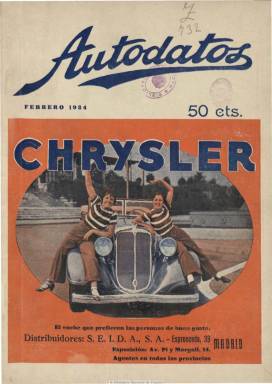
Título: Autodatos (Madrid)
Colección: Automovilismo
Ámbito geográfico: Madrid
Lugar de publicación: Madrid
Fechas: 01/02/1934-31/12/1935

Revista mensual de información automovilística, es una publicación especializada en ofrecer información comercial y características mecánicas de las distintas marcas de vehículos de turismo, motocicletas y automóviles industriales, así como el estado mensual de su venta y matriculaciones en España. Comienza a publicase en febrero de 1934, en entregas que superan las cuarenta páginas y con las cubiertas y algunas inserciones publicitarias estampadas a varias tintas. Prácticamente no publica fotografías, aunque sí algunos fotograbados en su publicidad, y más que dedicarle espacio a los acontecimientos deportivos automovilísticos, lo hace a la faceta comercial de esta industria, aunque también dará cuenta de los grandes premios y competiciones. Asimismo le dedica una sección a las disposiciones oficiales y publica artículos sobre datos prácticos, técnicos y tributarios. Publicará asimismo publirreportajes y una geografía turística de España, de Federico de la Iglesia. Inserta abundante publicidad, tanto de concesionarios y distribuidores, como de industrias complementarias, talleres u hoteles. Cada número comienza con un editorial, y el último de la colección de la Biblioteca Nacional de España es el 23, correspondiente a diciembre de 1935.